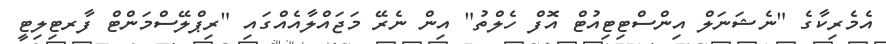
އެމެރިކާގެ "ނެޝަނަލް އިންސްޓިޓިއުޓް އޮފް ހެލްތު" އިން ނެރޭ މަޖައްލާއެއްގައި "ރިޕްލޭސްމަންޓް ފާރޓިލިޓީ